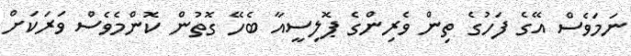
ނަމަވެސް އޭގެ ފަހުގެ ތިން ވެރިންގެ ޕޮލިސީއާ ބެހޭ ގޮތުން ކޮންމެވެސް ވަރަކަށް